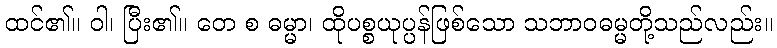
ထင်၏။ ဝါ၊ ပြီး၏။ တေ စ ဓမ္မာ၊ ထိုပစ္စယုပ္ပန်ဖြစ်သော သဘာဝဓမ္မတို့သည်လည်း။